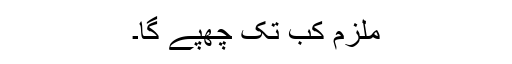
ملزم کب تک چھپے گا۔